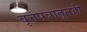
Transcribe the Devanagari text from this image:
वृत्तपत्रातूनही